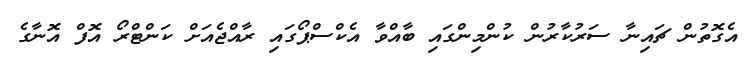
އެގޮތުން ޗައިނާ ސަރުކާރުން ކުންމިންގައި ބާއްވާ އެކްސްޕޯގައި ރާއްޖެއަށް ކަންޓްރޯ އޮފް އޮނާގެ